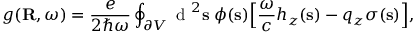
g ( \mathbf { R } , \omega ) = \frac { e } { 2 \hbar \omega } \oint _ { \partial V } \mathrm { ~ d ~ } ^ { 2 } \mathbf { s } \; \phi ( \mathbf { s } ) \Big [ \frac { \omega } { c } h _ { z } ( \mathbf { s } ) - q _ { z } \sigma ( \mathbf { s } ) \Big ] ,